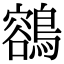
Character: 𪃾